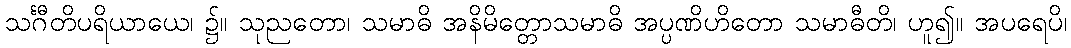
သင်္ဂီတိပရိယာယေ၊ ၌။ သုညတော၊ သမာဓိ အနိမိတ္တောသမာဓိ အပ္ပဏိဟိတော သမာဓီတိ၊ ဟူ၍။ အပရေပိ၊